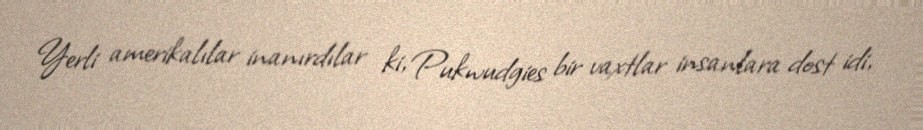
Yerli amerikalılar inanırdılar ki, Pukwudgies bir vaxtlar insanlara dost idi,